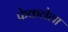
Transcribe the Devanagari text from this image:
फेकलेला